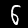
Digit: 6